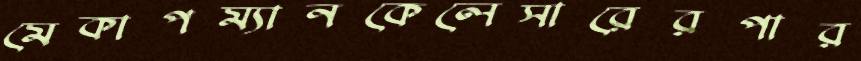
মেকাপম্যানকেলেসারেরপার